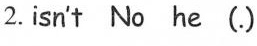
2. isn't No he (.)